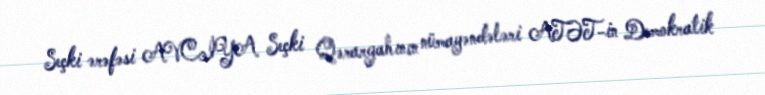
Seçki ərəfəsi AVCİYA Seçki Qərargahının nümayəndələri ATƏT-in Demokratik